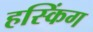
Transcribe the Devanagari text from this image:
हस्किंग